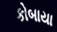
કોબાયા